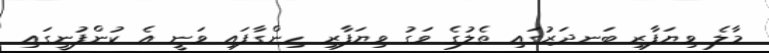
މާލެ ވިޔަފާރި ބަނދަރުގައި ތެލުގެ ވަގު ވިޔަފާރި ހިންގާފައި ވަނީ އެ ކުންފުނީގައި